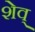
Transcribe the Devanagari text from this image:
शेव्